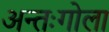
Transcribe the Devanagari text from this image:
अन्तःगोला